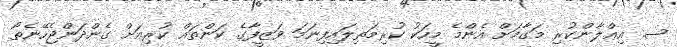
ސ. އިޢްލާންކުރި މަގާމަށް އެންމެ މީހަކު ކުރިމަތިލައިފިނަމަ ވަޒީފާގެ ކަންތައް ކުރިއަށް ގެންދަންޖެހޭނެތޯ